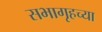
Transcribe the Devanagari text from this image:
सभागृहच्या